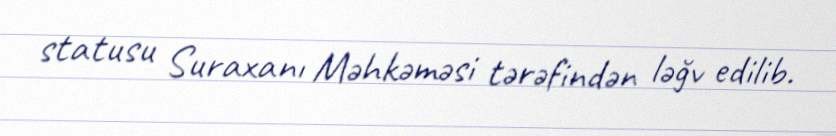
statusu Suraxanı Məhkəməsi tərəfindən ləğv edilib.